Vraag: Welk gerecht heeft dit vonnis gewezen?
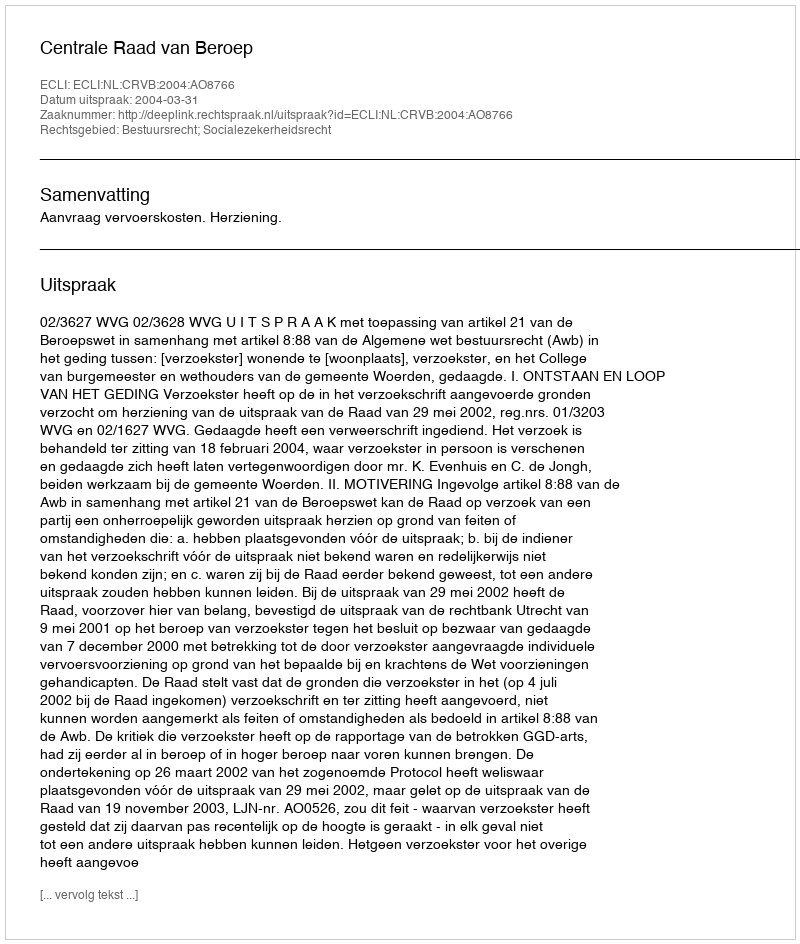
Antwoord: Centrale Raad van Beroep